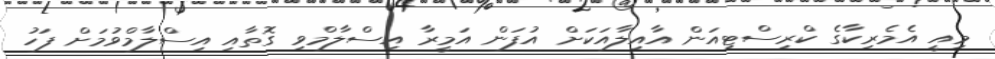
މިއީ އެމެރިކާގެ ކްރިސްޓިއަން އާއިލާއަކަށް އުފަން އަމީރާ އިސްލާމްވި ގޮތާއި އިސްލާމްވުމަށް ފަހު